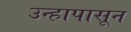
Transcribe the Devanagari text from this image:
उन्हापासून